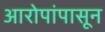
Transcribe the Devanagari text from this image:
आरोपांपासून